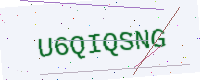
Text: U6QIQSNG